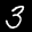
Label: 3